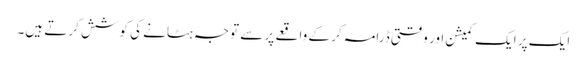
ایک پر ایک کمیشن اور وقتی ڈرامہ کر کے واقعے پر سے توجہ ہٹانے کی کوشش کرتے ہیں۔